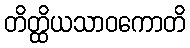
တိတ္ထိယသာဝကောတိ